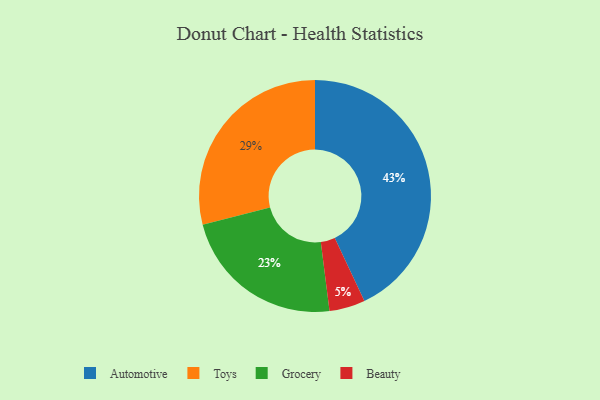
{"axis": {"x": "Category", "y": "Percentage"}, "legend": ["Automotive", "Beauty", "Grocery", "Toys"], "data": [{"x": "Automotive", "y": 43, "type": "Automotive"}, {"x": "Beauty", "y": 5, "type": "Beauty"}, {"x": "Grocery", "y": 23, "type": "Grocery"}, {"x": "Toys", "y": 29, "type": "Toys"}]}